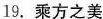
19.乘方之美